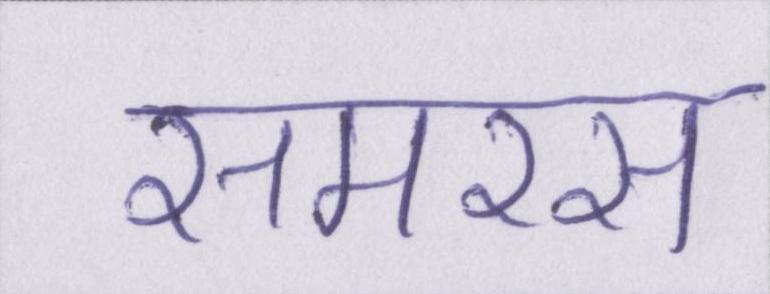
समरस